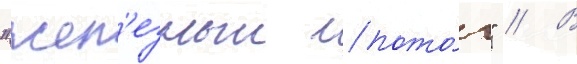
"жел'езныи пото́к" // В